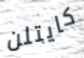
كايتلن